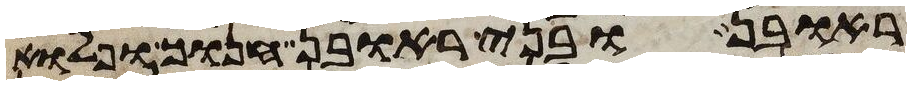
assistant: ראובן ובני ראובן חנוך ופלוא